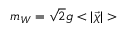
m _ { W } = \sqrt { 2 } g < | \vec { \chi } | >